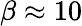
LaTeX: \beta\approx 10